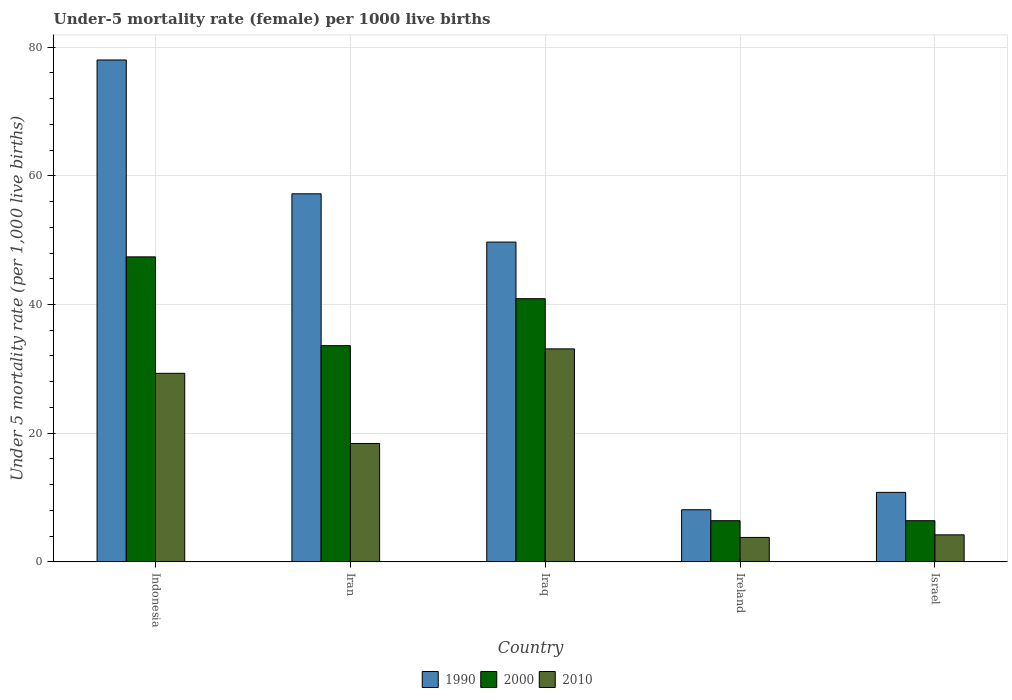
| Country | 1990 | 2000 | 2010 |
 | --- | --- | --- | --- |
 | Indonesia | 78 | 47.4 | 29.3 |
 | Iran | 57.2 | 33.6 | 18.4 |
 | Iraq | 49.7 | 40.9 | 33.1 |
 | Ireland | 8.1 | 6.4 | 3.8 |
 | Israel | 10.8 | 6.4 | 4.2 |